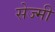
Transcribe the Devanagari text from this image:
सेज्मी